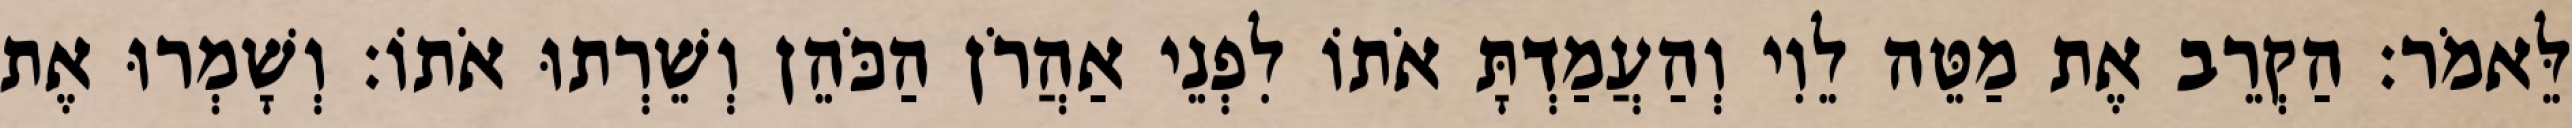
לֵּאמֹר׃ הַקְרֵב אֶת מַטֵּה לֵוִי וְהַעֲמַדְתָּ אֹתוֹ לִפְנֵי אַהֲרֹן הַכֹּהֵן וְשֵׁרְתוּ אֹתוֹ׃ וְשָׁמְרוּ אֶת